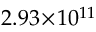
2 . 9 3 \! \times \! 1 0 ^ { 1 1 }